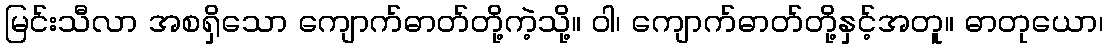
မြင်းသီလာ အစရှိသော ကျောက်ဓာတ်တို့ကဲ့သို့။ ဝါ၊ ကျောက်ဓာတ်တို့နှင့်အတူ။ ဓာတုယော၊